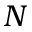
N